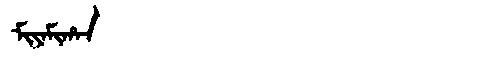
Manchu: ᠮᡳᠶᠠᠮᡳᡥᠠᠨ
Romanization: MIYAMIHAN